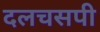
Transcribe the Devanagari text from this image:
दलचसपी